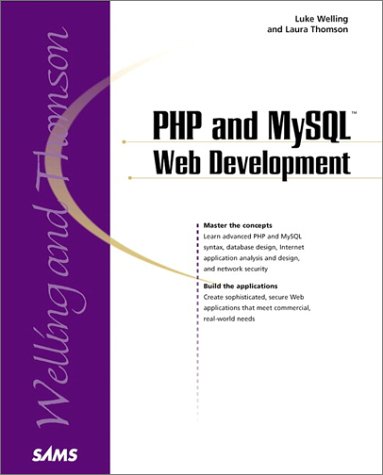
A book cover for PHP and MySQL Web Development; Luke Welling; Computers & Technology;